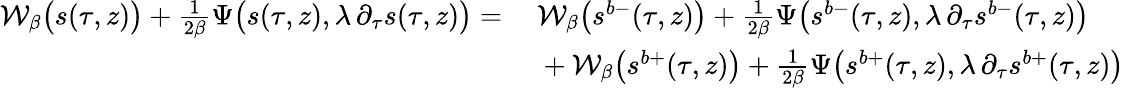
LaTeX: \begin{array}{rl}{\mathcal{W}_{\beta}\big(s(\tau,z)\big)+\frac{1}{2\beta}\Psi\big(s(\tau,z),\lambda\, \partial_{\tau}s(\tau,z)\big)=}&{\ \mathcal{W}_{\beta}\big(s^{b-}(\tau,z)\big)+\frac{1}{2\beta}\Psi\big(s^{b-}(\tau,z),\lambda\, \partial_{\tau}s^{b-}(\tau,z)\big)}\\ &{\ +\mathcal{W}_{\beta}\big(s^{b+}(\tau,z)\big)+\frac{1}{2\beta}\Psi\big(s^{b+}(\tau,z),\lambda\, \partial_{\tau}s^{b+}(\tau,z)\big)}\end{array}